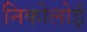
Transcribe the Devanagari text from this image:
निकोलोई